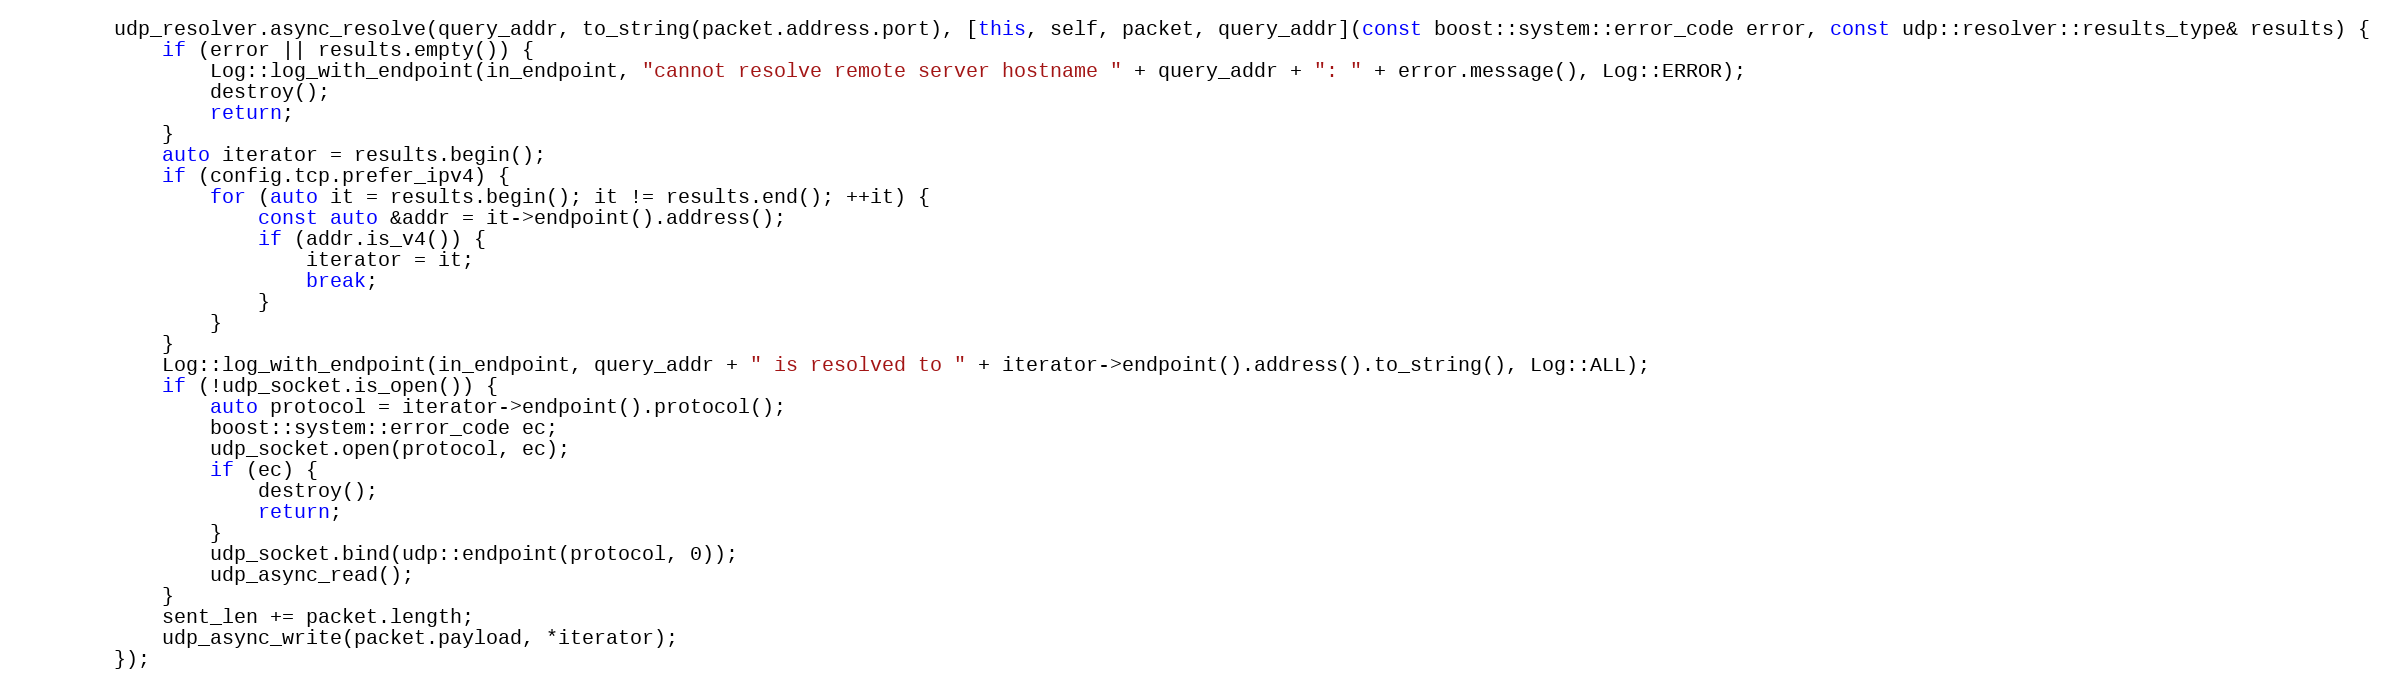
Language: C++
        udp_resolver.async_resolve(query_addr, to_string(packet.address.port), [this, self, packet, query_addr](const boost::system::error_code error, const udp::resolver::results_type& results) {
            if (error || results.empty()) {
                Log::log_with_endpoint(in_endpoint, "cannot resolve remote server hostname " + query_addr + ": " + error.message(), Log::ERROR);
                destroy();
                return;
            }
            auto iterator = results.begin();
            if (config.tcp.prefer_ipv4) {
                for (auto it = results.begin(); it != results.end(); ++it) {
                    const auto &addr = it->endpoint().address();
                    if (addr.is_v4()) {
                        iterator = it;
                        break;
                    }
                }
            }
            Log::log_with_endpoint(in_endpoint, query_addr + " is resolved to " + iterator->endpoint().address().to_string(), Log::ALL);
            if (!udp_socket.is_open()) {
                auto protocol = iterator->endpoint().protocol();
                boost::system::error_code ec;
                udp_socket.open(protocol, ec);
                if (ec) {
                    destroy();
                    return;
                }
                udp_socket.bind(udp::endpoint(protocol, 0));
                udp_async_read();
            }
            sent_len += packet.length;
            udp_async_write(packet.payload, *iterator);
        });